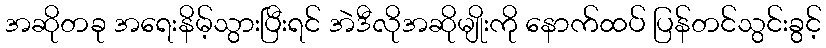
အဆိုတခု အရေးနိမ့်သွားပြီးရင် အဲဒီလိုအဆိုမျိုးကို နောက်ထပ် ပြန်တင်သွင်းခွင့်